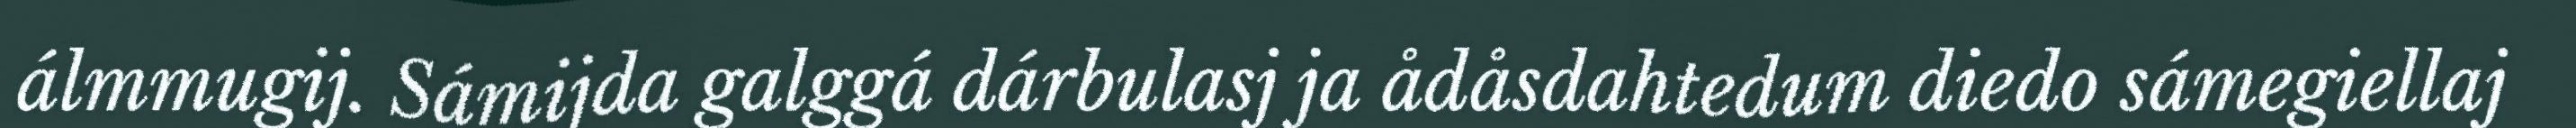
álmmugij. Sámijda galggá dárbulasj ja ådåsdahtedum diedo sámegiellaj